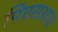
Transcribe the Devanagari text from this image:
पिएसआय